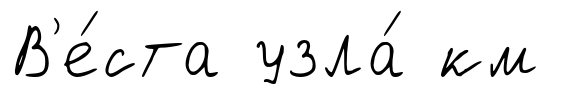
В'е́ста узла́ км